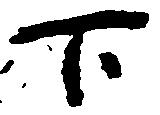
下